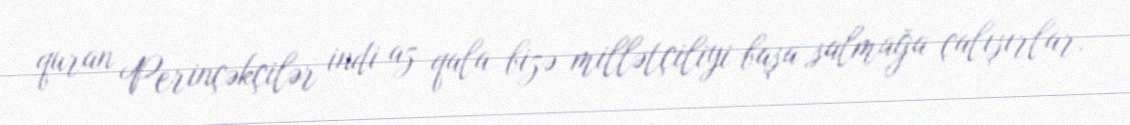
quran Perinçəkçilər indi az qala bizə millətçiliyi başa salmağa çalışırlar.